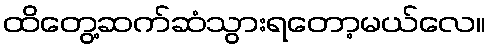
ထိတွေ့ဆက်ဆံသွားရတော့မယ်လေ။